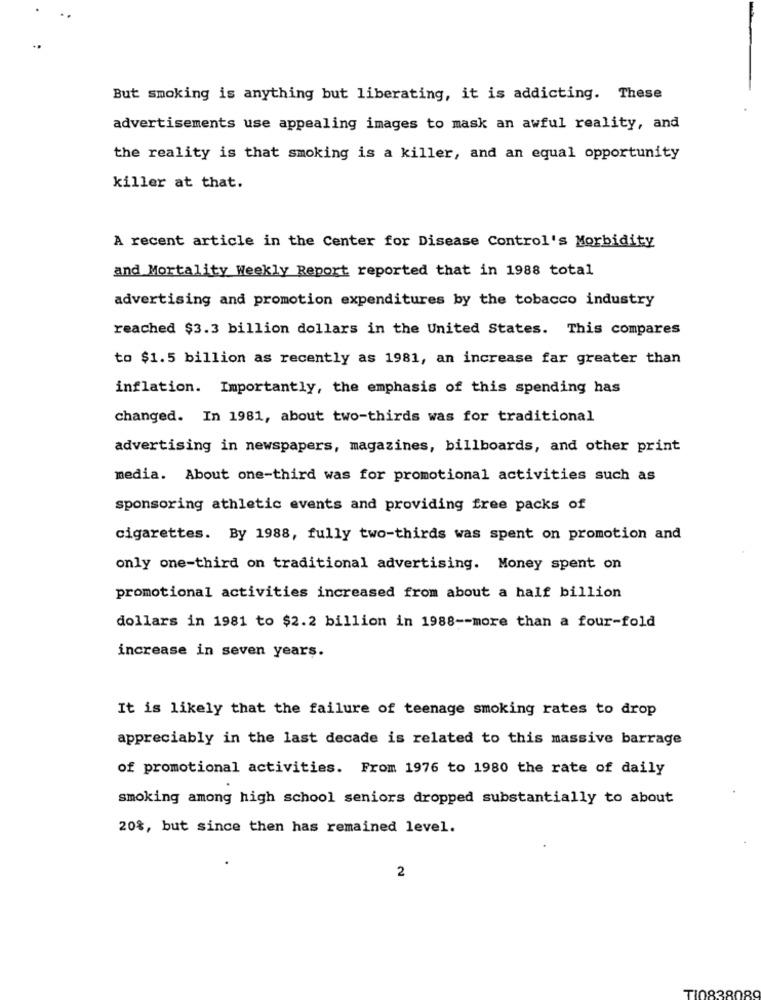
But smoking is anything but liberating, it is addicting. These
advertisements use appealing images to mask an awful reality, and
the reality is that smoking is a killer, and an equal opportunity
killer at that.
A recent article in the Center for Disease Control's Morbidity
and Mortality Weekly Report reported that in 1988 total
advertising and promotion expenditures by the tobacco industry
reached $3.3 billion dollars in the United States. This compares
to $1.5 billion as recently as 1981, an increase far greater than
inflation. Importantly, the emphasis of this spending has
changed. In 1981, about two-thirds was for traditional
advertising in newspapers, magazines, billboards, and other print
media. About one-third was for promotional activities such as
sponsoring athletic events and providing free packs of
cigarettes. By 1988, fully two-thirds was spent on promotion and
only one-third on traditional advertising. Money spent on
promotional activities increased from about a half billion
dollars in 1981 to $2.2 billion in 1988 -- more than a four-fold
increase in seven years.
It is likely that the failure of teenage smoking rates to drop
appreciably in the last decade is related to this massive barrage
of promotional activities. From 1976 to 1980 the rate of daily
smoking among high school seniors dropped substantially to about
20%, but since then has remained level.
2
TI083